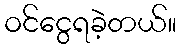
ဝင်ငွေရခဲ့တယ်။